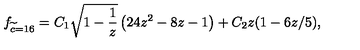
f _ { \widetilde c = 1 6 } = C _ { 1 } \sqrt { 1 - \frac { 1 } { z } } \left( 2 4 z ^ { 2 } - 8 z - 1 \right) + C _ { 2 } z ( 1 - 6 z / 5 ) ,